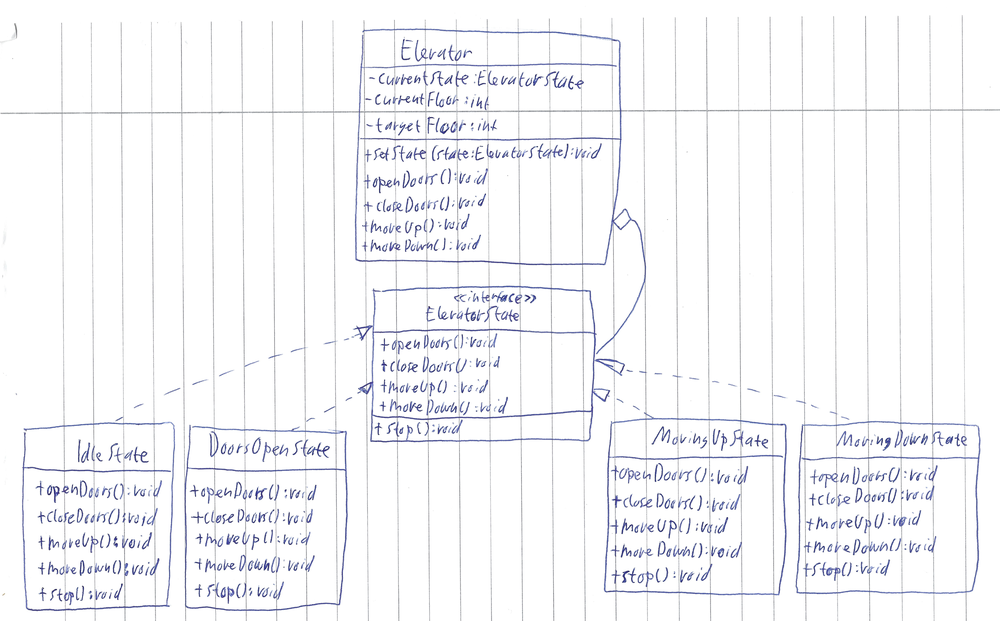
Diagram type: class_diagram
```plantuml
@startuml

class Elevator {
  - currentState: ElevatorState
  - currentFloor: int
  - targetFloor: int
  + setState(state: ElevatorState): void
  + openDoors(): void
  + closeDoors(): void
  + moveUp(): void
  + moveDown(): void
}

interface ElevatorState {
  + openDoors(): void
  + closeDoors(): void
  + moveUp(): void
  + moveDown(): void
  + stop(): void
}

class IdleState implements ElevatorState {
  + openDoors(): void
  + closeDoors(): void
  + moveUp(): void
  + moveDown(): void
  + stop(): void
}

class DoorsOpenState implements ElevatorState {
  + openDoors(): void
  + closeDoors(): void
  + moveUp(): void
  + moveDown(): void
  + stop(): void
}

class MovingUpState implements ElevatorState {
  + openDoors(): void
  + closeDoors(): void
  + moveUp(): void
  + moveDown(): void
  + stop(): void
}

class MovingDownState implements ElevatorState {
  + openDoors(): void
  + closeDoors(): void
  + moveUp(): void
  + moveDown(): void
  + stop(): void
}

Elevator o-- ElevatorState

@enduml
```